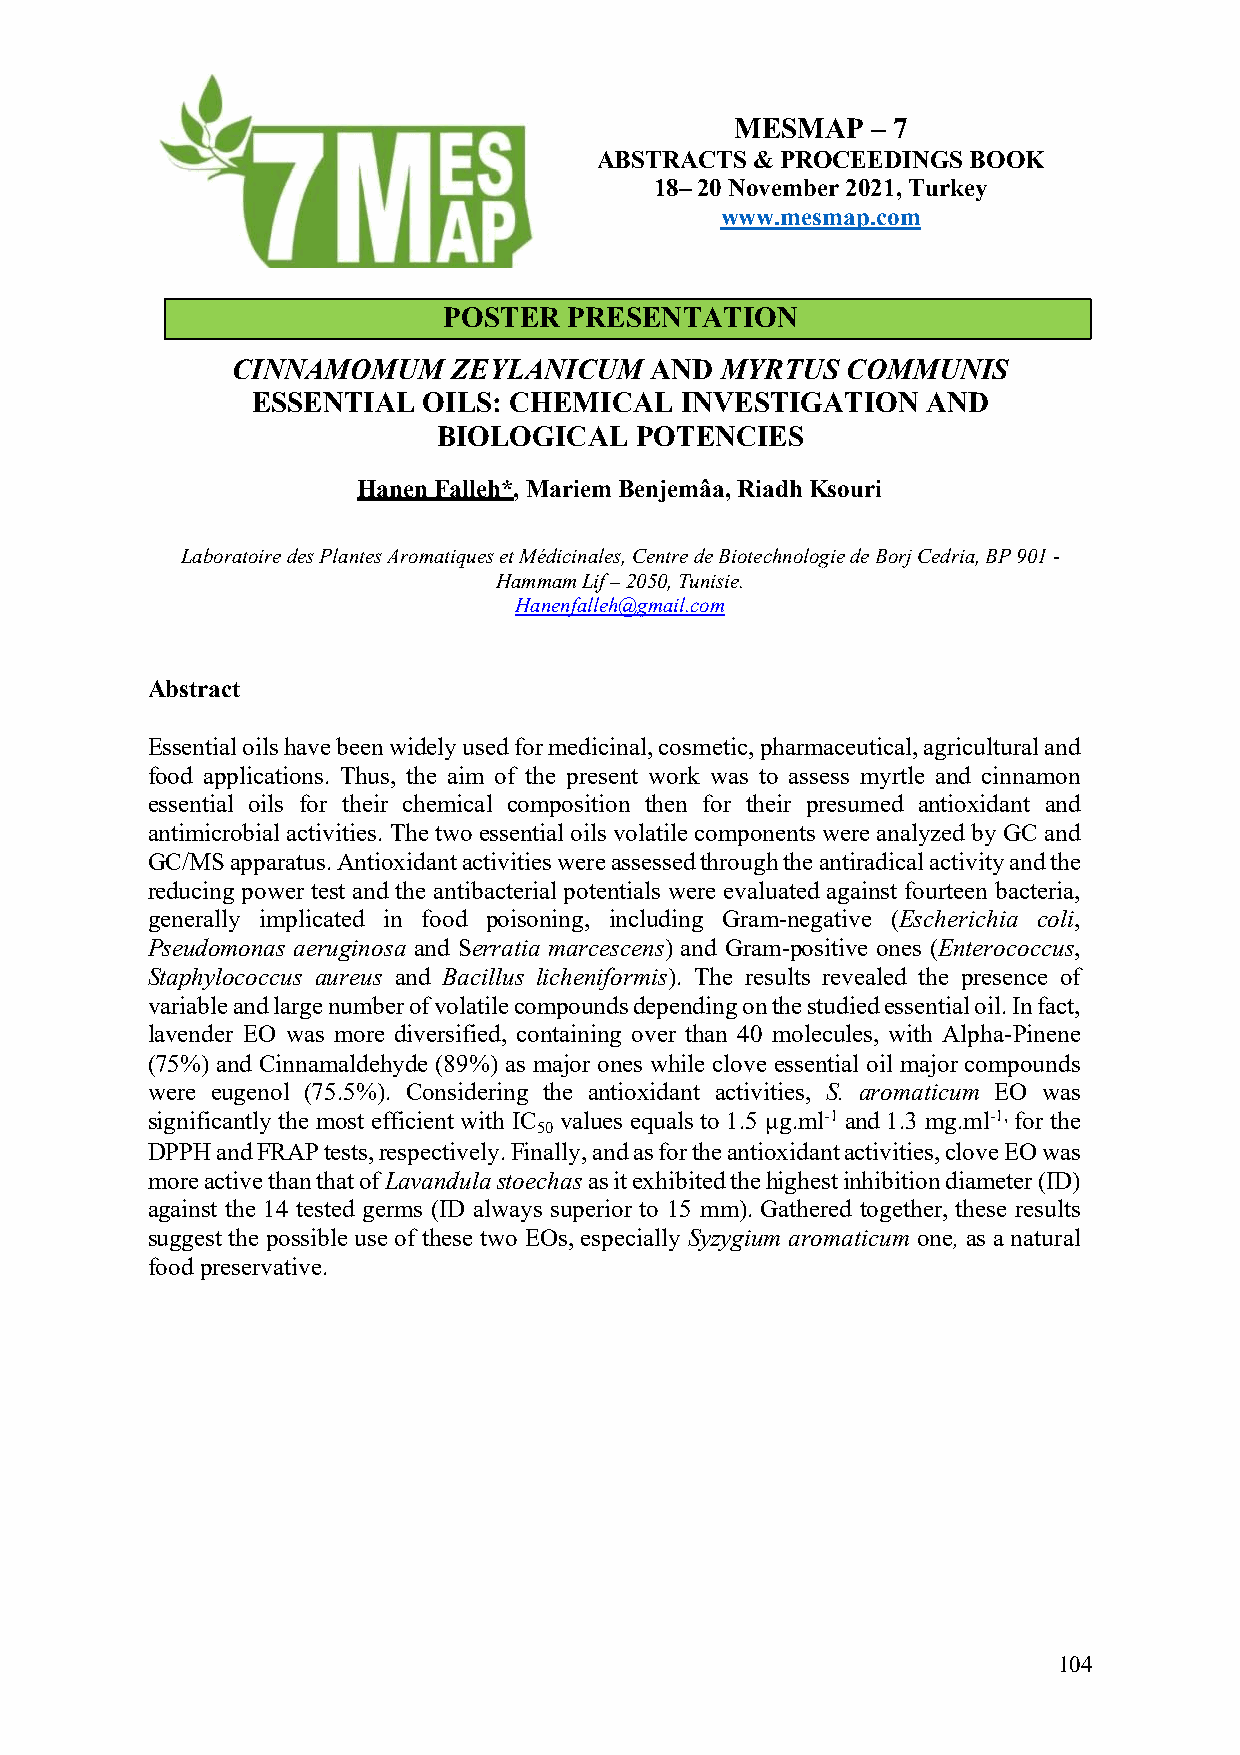
MESMAP   – 7
 ABSTRACTS  & PROCEEDINGS BOOK
 18– 20 November 2021, Turkey
 www.mesmap.com
 POSTER   PRESENTATION
 CINNAMOMUM     ZEYLANICUM   AND  MYRTUS  COMMUNIS
 ESSENTIAL  OILS: CHEMICAL   INVESTIGATION   AND
 BIOLOGICAL   POTENCIES
 Hanen Falleh*, Mariem Benjemâa, Riadh Ksouri
 Laboratoire des Plantes Aromatiques et Médicinales, Centre de Biotechnologie de Borj Cedria, BP 901 -
 Hammam Lif – 2050, Tunisie.
 Hanenfalleh@gmail.com
 Abstract
 Essential oils have been widely used for medicinal, cosmetic, pharmaceutical, agricultural and
 food applications. Thus, the aim of the present work was to assess myrtle and cinnamon
 essential oils for their chemical composition then for their presumed antioxidant and
 antimicrobial activities. The two essential oils volatile components were analyzed by GC and
 GC/MS apparatus. Antioxidant activities were assessed through the antiradical activity and the
 reducing power test and the antibacterial potentials were evaluated against fourteen bacteria,
 generally implicated in food poisoning, including Gram-negative (Escherichia coli,
 Pseudomonas aeruginosa and Serratia marcescens) and Gram-positive ones (Enterococcus,
 Staphylococcus aureus and Bacillus licheniformis). The results revealed the presence of
 variable and large number of volatile compounds depending on the studied essential oil. In fact,
 lavender EO was more diversified, containing over than 40 molecules, with Alpha-Pinene
 (75%) and Cinnamaldehyde (89%) as major ones while clove essential oil major compounds
 were eugenol (75.5%). Considering the antioxidant activities, S. aromaticum EO was
 significantly the most efficient with IC values equals to 1.5 µg.ml-1 and 1.3 mg.ml-1, for the
 50
 DPPH and FRAP tests, respectively. Finally, and as for the antioxidant activities, clove EO was
 more active than that of Lavandula stoechas as it exhibited the highest inhibition diameter (ID)
 against the 14 tested germs (ID always superior to 15 mm). Gathered together, these results
 suggest the possible use of these two EOs, especially Syzygium aromaticum one, as a natural
 food preservative.
 104